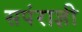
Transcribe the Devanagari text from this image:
सपंराज्ञी